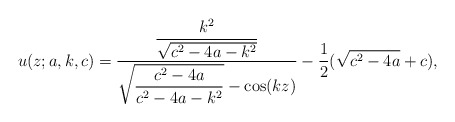
\begin{align*}u(z;a,k,c)=\frac{{\displaystyle \frac{k^2}{\sqrt{c^2-4a-k^2}}}}{{\displaystyle \sqrt{\frac{c^2-4a}{c^2-4a-k^2}}}-\cos(kz)}-\frac12(\sqrt{c^2-4a}+c),\end{align*}